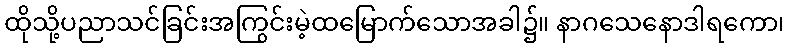
ထိုသို့ပညာသင်ခြင်းအကြွင်းမဲ့ထမြောက်သောအခါ၌။ နာဂသေနောဒါရကော၊